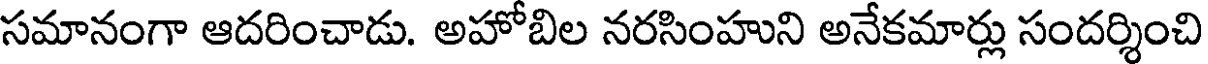
సమానంగా ఆదరించాడు. అహోబిల నరసింహుని అనేకమార్లు సందర్శించి